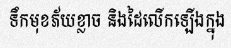
ទឹកមុខភ័យខ្លាច និងដៃលើកឡើងក្នុង